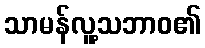
သာမန်လူ့သဘာဝ၏